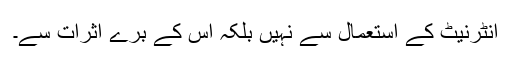
انٹرنیٹ کے استعمال سے نہیں بلکہ اس کے بُرے اثرات سے۔